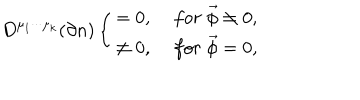
LaTeX: D ^ { \mu _ { 1 } \cdot \cdot \cdot \mu _ { k } } ( \partial n ) \left\{ \begin{array} { c c } { { = 0 , } } & { { \; f o r \; \vec { \phi } \neq 0 , } } \\ { { \neq 0 , } } & { { \; f o r \; \vec { \phi } = 0 , } } \\ \end{array} \right.